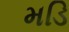
મડિ